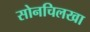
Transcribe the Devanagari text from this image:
सोनचिलखा